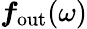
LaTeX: \boldsymbol{f}_{\mathrm{out}}(\omega)